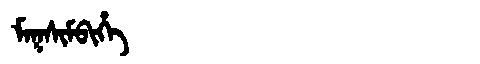
Manchu: ᠮᠠᡴᠰᡳᠮᠪᡳᡥᡝ
Romanization: MAKSIMBIHE